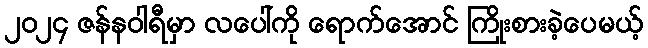
၂၀၂၄ ဇန်နဝါရီမှာ လပေါ်ကို ရောက်အောင် ကြိုးစားခဲ့ပေမယ့်